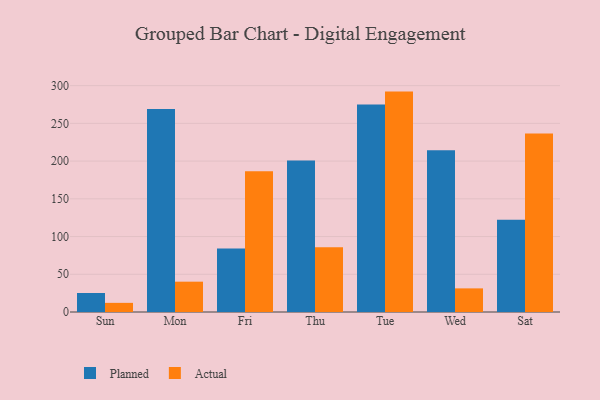
{"axis": {"x": "Day", "y": "Tickets Resolved"}, "legend": ["Actual", "Planned"], "data": [{"x": "Sun", "y": 25.2, "type": "Planned"}, {"x": "Sun", "y": 12.1, "type": "Actual"}, {"x": "Mon", "y": 268.9, "type": "Planned"}, {"x": "Mon", "y": 40.2, "type": "Actual"}, {"x": "Fri", "y": 84.0, "type": "Planned"}, {"x": "Fri", "y": 186.7, "type": "Actual"}, {"x": "Thu", "y": 200.8, "type": "Planned"}, {"x": "Thu", "y": 85.9, "type": "Actual"}, {"x": "Tue", "y": 275.1, "type": "Planned"}, {"x": "Tue", "y": 292.1, "type": "Actual"}, {"x": "Wed", "y": 214.3, "type": "Planned"}, {"x": "Wed", "y": 31.3, "type": "Actual"}, {"x": "Sat", "y": 122.4, "type": "Planned"}, {"x": "Sat", "y": 236.7, "type": "Actual"}]}